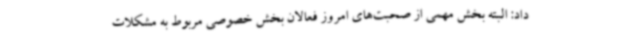
داد: البته بخش مهمی از صحبت‌های امروز فعالان بخش خصوصی مربوط به مشکلات